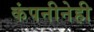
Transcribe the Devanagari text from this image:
कंपनीनेही